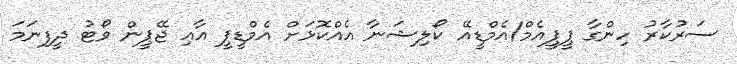
ސަރުކާރު ހިންގާ ޕީޕީއެމް/އެމްޑީއޭ ކޯލިޝަނާ އެއްކޮޅަށް އެމްޑީޕީ އާއި ޖޭޕީން ވޯޓު ދީފިނަމަ